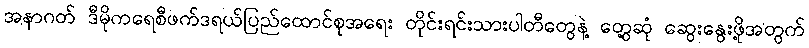
အနာဂတ် ဒီမိုကရေစီဖက်ဒရယ်ပြည်ထောင်စုအရေး တိုင်းရင်းသားပါတီတွေနဲ့ တွေ့ဆုံ ဆွေးနွေးဖို့အတွက်